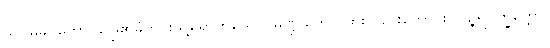
သပ္ပမုခဂတော၊ မြွေ၏ခံတွင်းသို့ရောက်သော။ မဏ္ဍူကော၊ ဖားလည်းကောင်း။ ပဉ္ဇရပက္ခိတ္တော၊